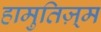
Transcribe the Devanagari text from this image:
हामुतिज़्म